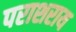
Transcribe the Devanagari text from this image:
पराशराय